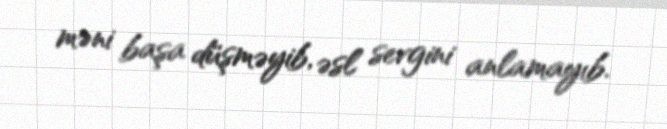
məni başa düşməyib, əsl sevgini anlamayıb.